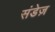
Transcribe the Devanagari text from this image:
संडेज़